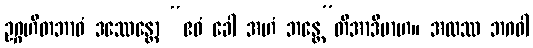
ဥဂ္ဂဟိတဘာဝံ ဒဿေန္တော “ဧဝံ ခေါ အဟံ ဘန္တေ”တိအာဒိမာဟ။ အထဿ ဘဂဝါ